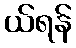
ယ်ရန်